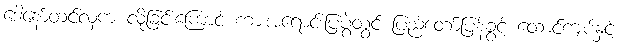
ဒေါ်နော်တင်လှက လိုခြင်းကြောင့် ကားအရောင်းပြပွဲတွင် ပြည်တော်ပြန်ခွင့် ထောင်ကျပ်နှင့်